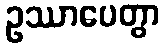
ဥဿာပေတွာ